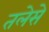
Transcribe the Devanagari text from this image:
तलेसे